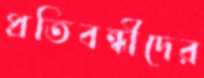
প্রতিবন্ধীদের